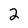
Character: 2